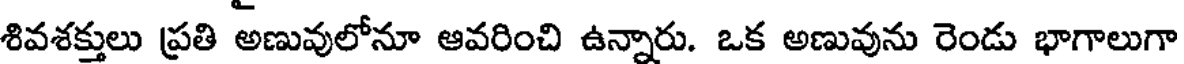
శివశక్తులు ప్రతి అణువులోనూ ఆవరించి ఉన్నారు. ఒక అణువును రెండు భాగాలుగా